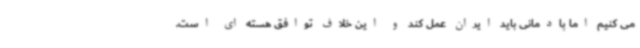
می کنیم اما پادمانی باید ایران عمل کند و این خلاف توافق هسته ای است.